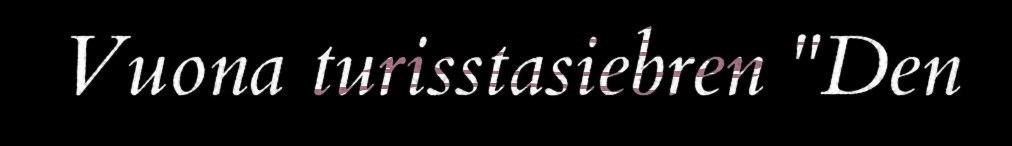
Vuona turisstasiebren "Den